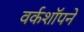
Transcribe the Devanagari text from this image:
वर्कशॉपने